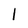
Character: 1